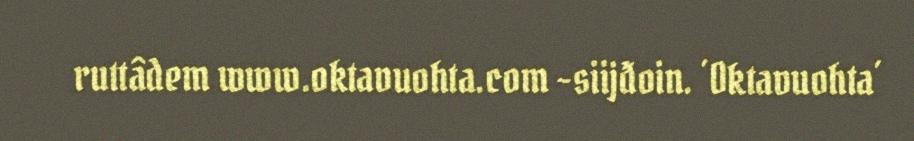
ruttâdem www.oktavuohta.com -siijđoin. ´Oktavuohta´